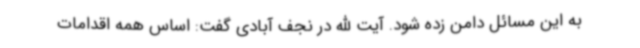
به این مسائل دامن زده شود. آیت الله در نجف آبادی گفت: اساس همه اقدامات